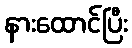
နားထောင်ပြီး